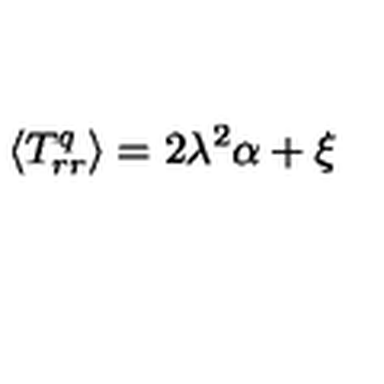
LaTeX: \langle { T _ { r r } ^ { q } } \rangle = 2 \lambda ^ { 2 } \alpha + \xi